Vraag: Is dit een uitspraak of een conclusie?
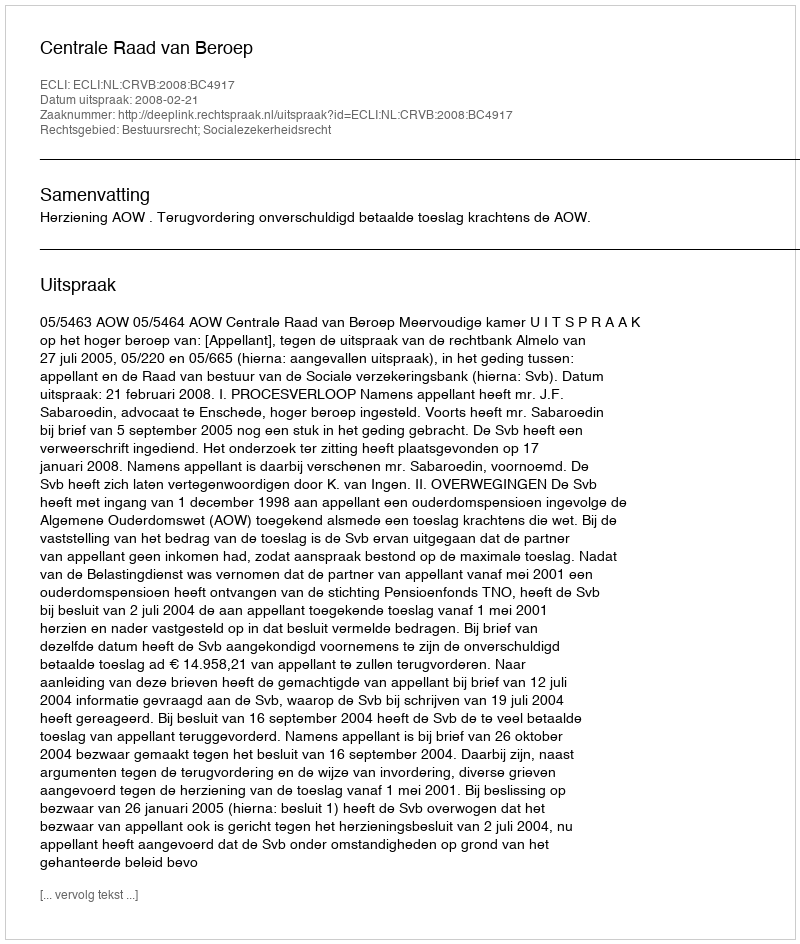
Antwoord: Uitspraak